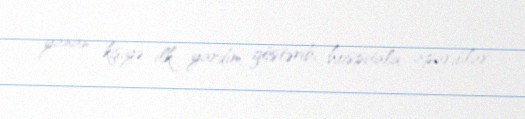
yanan kişiyə ilk yardım göstərib, hospitala aparıblar.